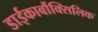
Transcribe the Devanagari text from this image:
डाईकार्बौक्सिलिक